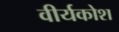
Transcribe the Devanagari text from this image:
वीर्यकोश